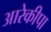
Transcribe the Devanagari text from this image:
आरेकीपा